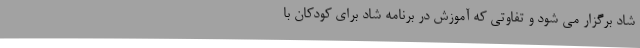
شاد برگزار می شود و تفاوتی که آموزش در برنامه شاد برای کودکان با